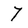
Character: 7